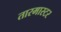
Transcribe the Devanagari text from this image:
तारमास्टर